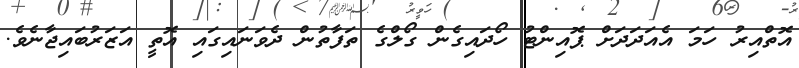
އޮތްއިރު ހަމަ އެއަދަދަށް ޕޮއިންޓު ހޯދައިގެން ގޯލްގެ ތަފާތުން ދެވަނައިގައި އޮތީ އަޒަރުބައިޖާނެވެ.